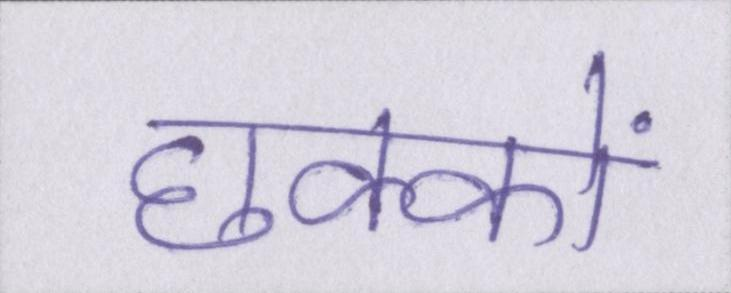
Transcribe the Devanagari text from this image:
छक्कों